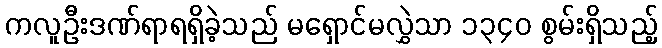
ကလူဦးဒဏ်ရာရရှိခဲ့သည် မရှောင်မလွှဲသာ ၁၃၄၀ စွမ်းရှိသည့်